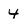
Character: 4